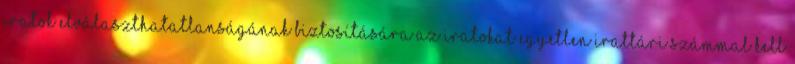
iratok elválaszthatatlanságának biztosítására az iratokat egyetlen irattári számmal kell